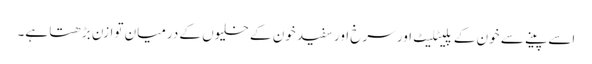
اسے پینے سے خون کے پلیٹلیٹ اور سرخ اور سفید خون کے خلیوں کے درمیان توازن بڑھتا ہے۔